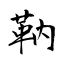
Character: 靹